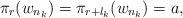
LaTeX: \begin{align*}\pi_r(w_{n_k})=\pi_{r+l_k}(w_{n_k})=a,\end{align*}